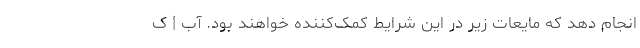
انجام دهد که مایعات زیر در این شرایط کمک‌کننده خواهند بود. آب | ک